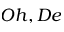
O h , D e